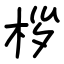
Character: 桚